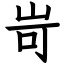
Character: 岢